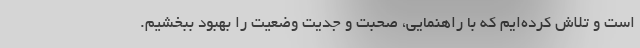
است و تلاش کرده‌ایم که با راهنمایی، صحبت و جدیت وضعیت را بهبود ببخشیم.